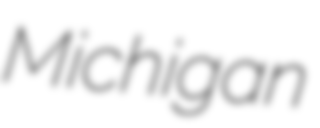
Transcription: Michigan